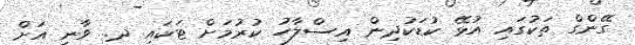
ގޭންގް ތަކުގައި އުޅޭ ކުޑަކުދިން އިސްލާހު ކުރުމަށް ޓަކައި ދ. ވާނީ އަށް